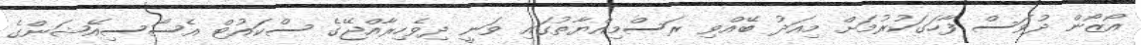
އޯޒޯން ދުވަސް ފާހަގަކުރުމަށް މިއަދު ބޭއްވި ރަސްމިއްޔާތުގައި ވަނީ ދިވެހިރާއްޖޭގެ ސްކައުޓް އެސޯސިއޭޝަންގެ